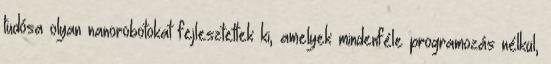
tudósa olyan nanorobotokat fejlesztettek ki, amelyek mindenféle programozás nélkül,